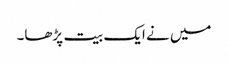
میں نے ایک بیت پڑھا۔